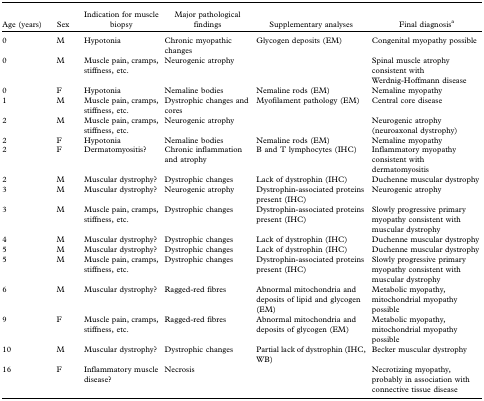
<table><thead><tr><td><b>Age (years)</b></td><td><b>Sex</b></td><td><b>Indication for muscle biopsy</b></td><td><b>Major pathological findings</b></td><td><b>Supplementary analyses</b></td><td><b>Final diagnosis<sup>a</sup></b></td></tr></thead><tbody><tr><td>0</td><td>M</td><td>Hypotonia</td><td>Chronic myopathic changes</td><td>Glycogen deposits (EM)</td><td>Congenital myopathy possible</td></tr><tr><td>0</td><td>M</td><td>Muscle pain, cramps, stiffness, etc.</td><td>Neurogenic atrophy</td><td></td><td>Spinal muscle atrophy consistent with Werdnig-Hoffmann disease</td></tr><tr><td>0</td><td>F</td><td>Hypotonia</td><td>Nemaline bodies</td><td>Nemaline rods (EM)</td><td>Nemaline myopathy</td></tr><tr><td>1</td><td>M</td><td>Muscle pain, cramps, stiffness, etc.</td><td>Dystrophic changes and cores</td><td>Myofilament pathology (EM)</td><td>Central core disease</td></tr><tr><td>2</td><td>M</td><td>Muscle pain, cramps, stiffness, etc.</td><td>Neurogenic atrophy</td><td></td><td>Neurogenic atrophy (neuroaxonal dystrophy)</td></tr><tr><td>2</td><td>F</td><td>Hypotonia</td><td>Nemaline bodies</td><td>Nemaline rods (EM)</td><td>Nemaline myopathy</td></tr><tr><td>2</td><td>F</td><td>Dermatomyositis?</td><td>Chronic inflammation and atrophy</td><td>B and T lymphocytes (IHC)</td><td>Inflammatory myopathy consistent with dermatomyositis</td></tr><tr><td>2</td><td>M</td><td>Muscular dystrophy?</td><td>Dystrophic changes</td><td>Lack of dystrophin (IHC)</td><td>Duchenne muscular dystrophy</td></tr><tr><td>3</td><td>M</td><td>Muscular dystrophy?</td><td>Neurogenic atrophy</td><td>Dystrophin-associated proteins present (IHC)</td><td>Neurogenic atrophy</td></tr><tr><td>3</td><td>M</td><td>Muscle pain, cramps, stiffness, etc.</td><td>Dystrophic changes</td><td>Dystrophin-associated proteins present (IHC)</td><td>Slowly progressive primary myopathy consistent with muscular dystrophy</td></tr><tr><td>4</td><td>M</td><td>Muscular dystrophy?</td><td>Dystrophic changes</td><td>Lack of dystrophin (IHC)</td><td>Duchenne muscular dystrophy</td></tr><tr><td>5</td><td>M</td><td>Muscular dystrophy?</td><td>Dystrophic changes</td><td>Lack of dystrophin (IHC)</td><td>Duchenne muscular dystrophy</td></tr><tr><td>5</td><td>M</td><td>Muscle pain, cramps, stiffness, etc.</td><td>Dystrophic changes</td><td>Dystrophin-associated proteins present (IHC)</td><td>Slowly progressive primary myopathy consistent with muscular dystrophy</td></tr><tr><td>6</td><td>M</td><td>Muscular dystrophy?</td><td>Ragged-red fibres</td><td>Abnormal mitochondria and deposits of lipid and glycogen (EM)</td><td>Metabolic myopathy, mitochondrial myopathy possible</td></tr><tr><td>9</td><td>F</td><td>Muscle pain, cramps, stiffness, etc.</td><td>Ragged-red fibres</td><td>Abnormal mitochondria and deposits of glycogen (EM)</td><td>Metabolic myopathy, mitochondrial myopathy possible</td></tr><tr><td>10</td><td>M</td><td>Muscular dystrophy?</td><td>Dystrophic changes</td><td>Partial lack of dystrophin (IHC, WB)</td><td>Becker muscular dystrophy</td></tr><tr><td>16</td><td>F</td><td>Inflammatory muscle disease?</td><td>Necrosis</td><td></td><td>Necrotizing myopathy, probably in association with connective tissue disease</td></tr></tbody></table>